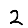
Digit: 2